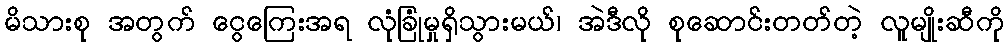
မိသားစု အတွက် ငွေကြေးအရ လုံခြုံမှုရှိသွားမယ်၊ အဲဒီလို စုဆောင်းတတ်တဲ့ လူမျိုးဆီကို